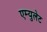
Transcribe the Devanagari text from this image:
एम्युलेट